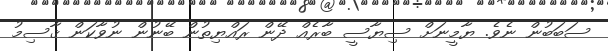
ސަބަބުން ނެވެ. ޔާމީނަށް ސިޔާސީ ބާރެއް ދޭން ރައްޔިތުން ބޭނުން ނުވާކަން ޤާސިމު